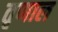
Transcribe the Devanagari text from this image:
तृणाल